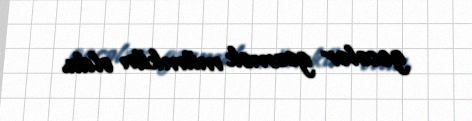
gecələr gəzmək mümkün oldu.